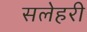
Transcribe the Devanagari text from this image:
सलेहरी